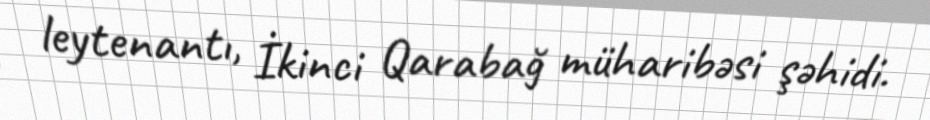
leytenantı, İkinci Qarabağ müharibəsi şəhidi.